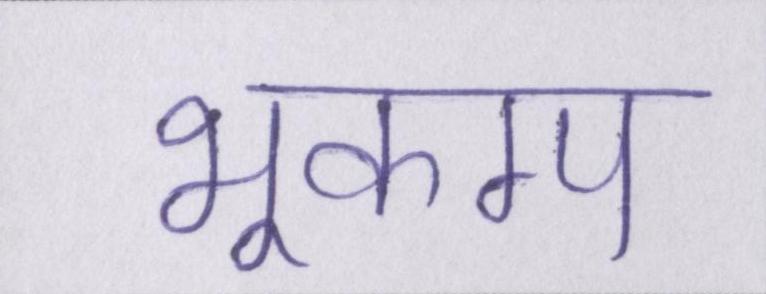
भूकम्प